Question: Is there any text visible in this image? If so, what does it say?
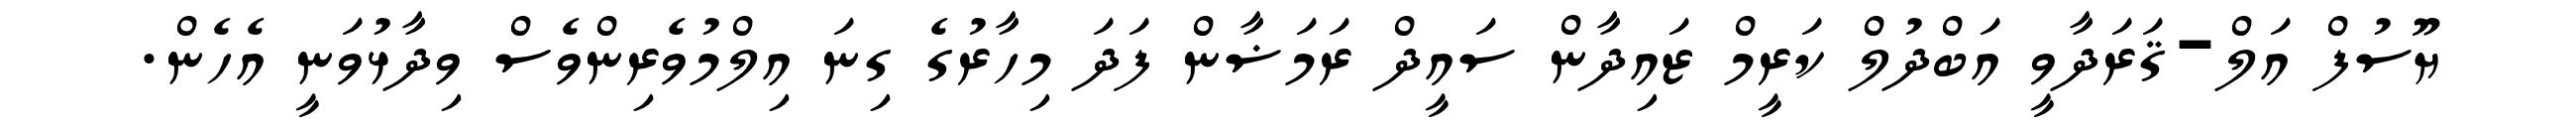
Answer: ޔޫސުފް އަލް-ޤަރަދާވީ އަބްދުލް ކަރީމް ޒައިދާން ސައީދް ރަމަޟާން ފަދަ މިހާރުގެ ގިނަ އިލްމުވެރިންވެސް ވިދާޅުވަނީ އެހެން.